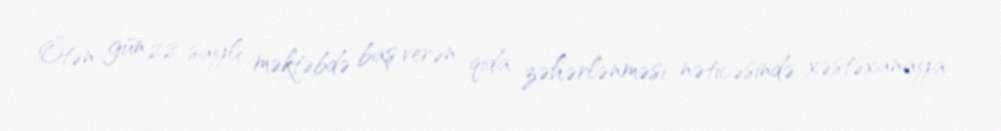
Ötən gün 22 saylı məktəbdə baş verən qida zəhərlənməsi nəticəsində xəstəxanaya